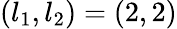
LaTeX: (l_{1},l_{2})=(2,2)